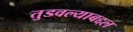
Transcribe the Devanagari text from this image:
तुडवल्याबद्दल